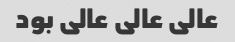
عالی عالی عالی بود